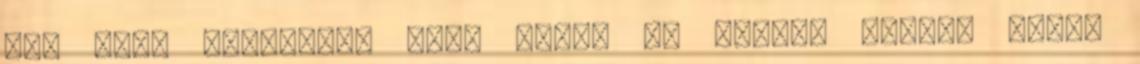
meg kell gondolni, hogy miért és hogyan akarsz véget